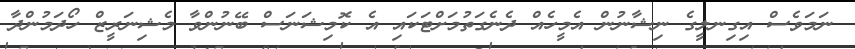
ނަމަވެސް އިގިނލީގެ ނިޝާނުން އެމީހެއް ދެނެގަތުމަށްޓަކައި އެ ކޮމިޝަނަސް ބޭނުންވާ މެޝިނަރީޒް ހޯދަމުންދާ